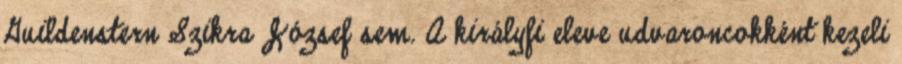
Guildenstern Szikra József sem. A királyfi eleve udvaroncokként kezeli